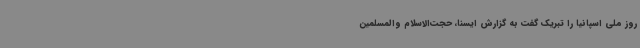
روز ملی اسپانیا را تبریک گفت به گزارش ایسنا، حجت‌الاسلام والمسلمین